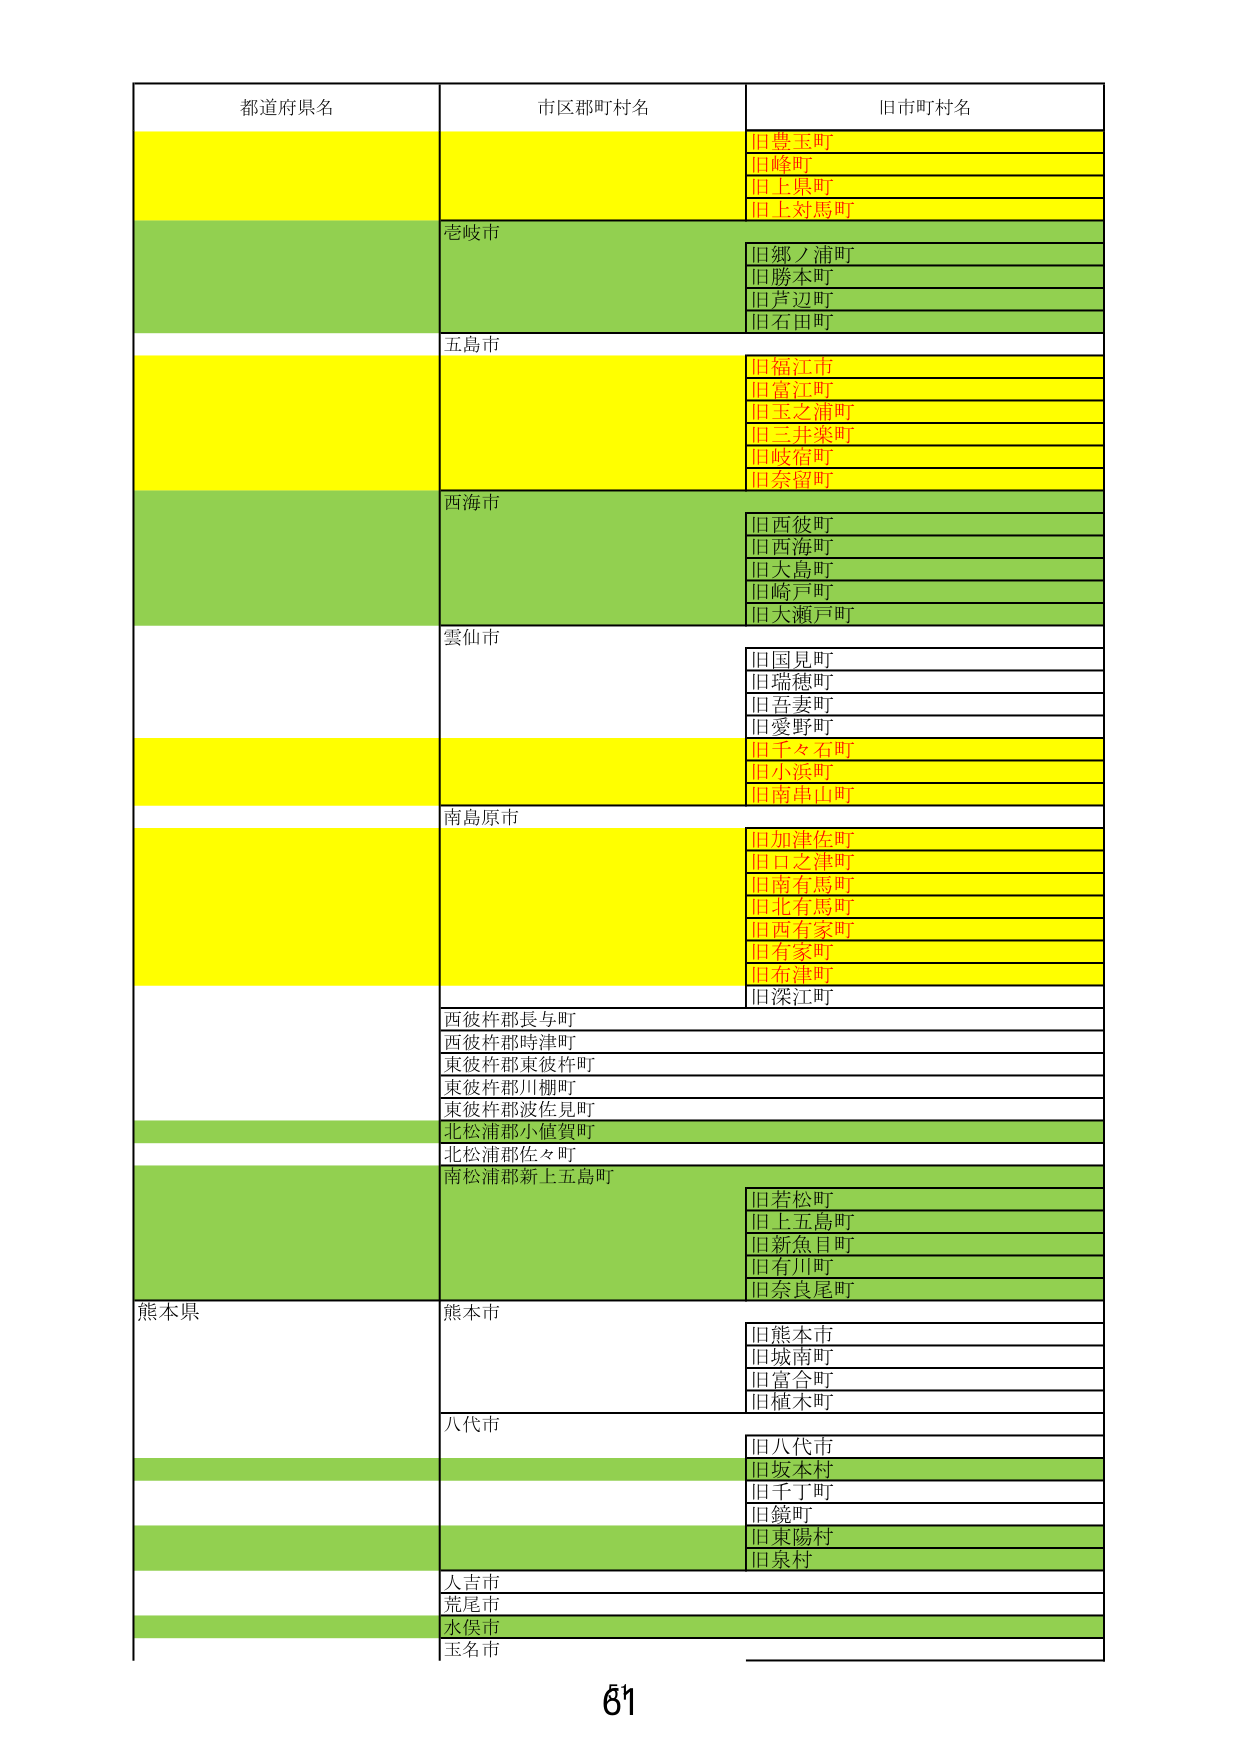
都道府県名
市区郡町村名
旧市町村名
旧豊玉町
旧峰町
旧上県町
旧上対馬町
壱岐市
旧郷ノ浦町
旧勝本町
旧芦辺町
旧石田町
五島市
旧福江市
旧富江町
旧玉之浦町
旧三井楽町
旧岐宿町
旧奈留町
西海市
旧西彼町
旧西海町
旧大島町
旧崎戸町
旧大瀬戸町
雲仙市
旧国見町
旧瑞穂町
旧吾妻町
旧愛野町
旧千々石町
旧小浜町
旧南串山町
南島原市
旧加津佐町
旧口之津町
旧南有馬町
旧北有馬町
旧西有家町
旧有家町
旧布津町
旧深江町
西彼杵郡長与町
西彼杵郡時津町
東彼杵郡東彼杵町
東彼杵郡川棚町
東彼杵郡波佐見町
北松浦郡小値賀町
北松浦郡佐々町
南松浦郡新上五島町
旧若松町
旧上五島町
旧新魚目町
旧有川町
旧奈良尾町
熊本県
熊本市
旧熊本市
旧城南町
旧富合町
旧植木町
八代市
旧八代市
旧坂本村
旧千丁町
旧鏡町
旧東陽村
旧泉村
人吉市
荒尾市
水俣市
玉名市
61